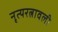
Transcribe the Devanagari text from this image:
नृत्यरत्नावली